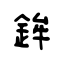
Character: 鉾